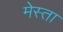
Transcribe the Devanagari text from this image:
मेस्ता